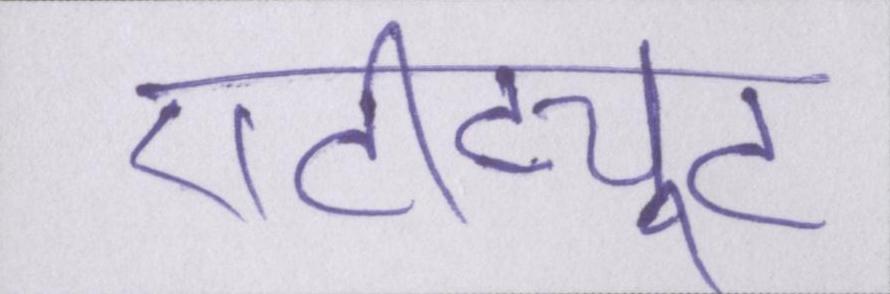
एटीट्यूट